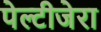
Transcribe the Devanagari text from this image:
पेल्टीजेरा